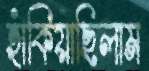
হাঁকিয়াছিলাম